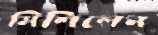
মিশিলেন